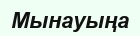
Мынауыңа